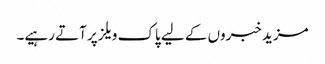
مزید خبروں کے لیے پاک ویلز پر آتے رہیے۔